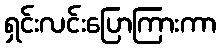
ရှင်းလင်းပြောကြားကာ